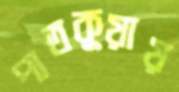
পাতকুয়ায়